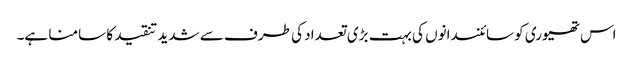
اس تھیوری کو سائنسدانوں کی بہت بڑی تعداد کی طرف سے شدید تنقید کا سامنا ہے۔